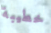
خطيبة